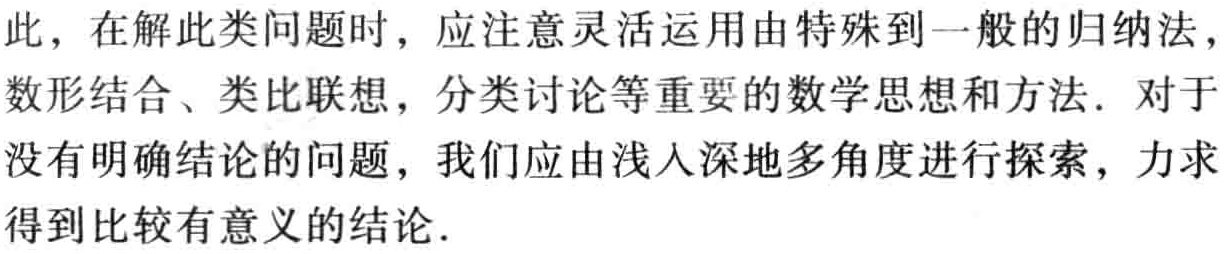
此，在解此类问题时，应注意灵活运用由特殊到一般的归纳法，数形结合、类比联想，分类讨论等重要的数学思想和方法. 对于没有明确结论的问题，我们应由浅入深地多角度进行探索，力求得到比较有意义的结论.